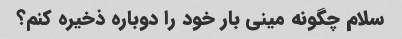
سلام چگونه مینی بار خود را دوباره ذخیره کنم؟